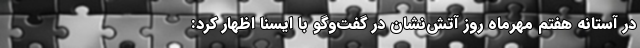
در آستانه هفتم مهرماه روز آتش‌نشان در گفت‌وگو با ایسنا اظهار کرد: